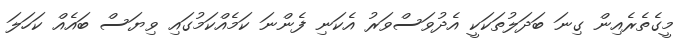
މީގެތެރެއިން ގިނަ ބަދަލުތަކަކީ އެދުވަސްވަރު އެކަނި ފެންނަ ކަމެއްކަމުގައި ވިޔަސް ބައެއް ކަހަލަ